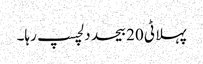
پہلا ٹی 20 بیحد دلچسپ رہا۔